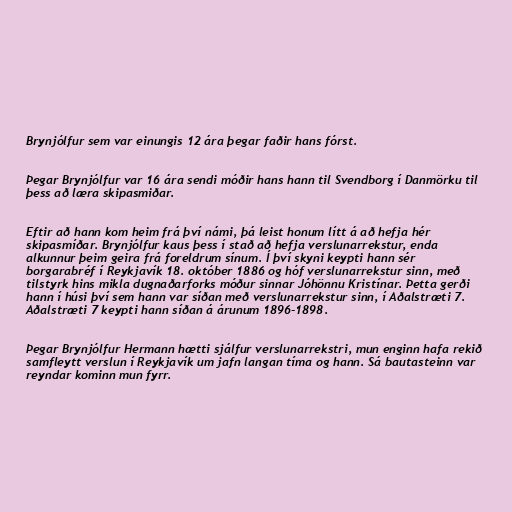
Brynjólfur sem var einungis 12 ára þegar faðir hans fórst.

Þegar Brynjólfur var 16 ára sendi móðir hans hann til Svendborg í Danmörku til
þess að læra skipasmiðar.

Eftir að hann kom heim frá því námi, þá leist honum lítt á að hefja hér
skipasmíðar. Brynjólfur kaus þess í stað að hefja verslunarrekstur, enda
alkunnur þeim geira frá foreldrum sínum. Í því skyni keypti hann sér
borgarabréf í Reykjavík 18. október 1886 og hóf verslunarrekstur sinn, með
tilstyrk hins mikla dugnaðarforks móður sinnar Jóhönnu Kristínar. Þetta gerði
hann í húsi því sem hann var síðan með verslunarrekstur sinn, í Aðalstræti 7.
Aðalstræti 7 keypti hann síðan á árunum 1896-1898.

Þegar Brynjólfur Hermann hætti sjálfur verslunarrekstri, mun enginn hafa rekið
samfleytt verslun í Reykjavík um jafn langan tíma og hann. Sá bautasteinn var
reyndar kominn mun fyrr.